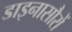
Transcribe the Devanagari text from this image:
डाइनासौरों